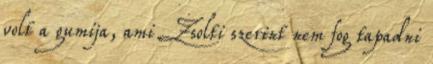
volt a gumija, ami Zsolti szerint nem fog tapadni